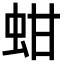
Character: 蚶